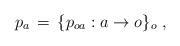
LaTeX: \begin{align*}p_a \, = \, \{ p_{oa} : a \to o \}_o \ ,\end{align*}